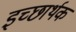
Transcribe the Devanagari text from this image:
इच्छार्थक